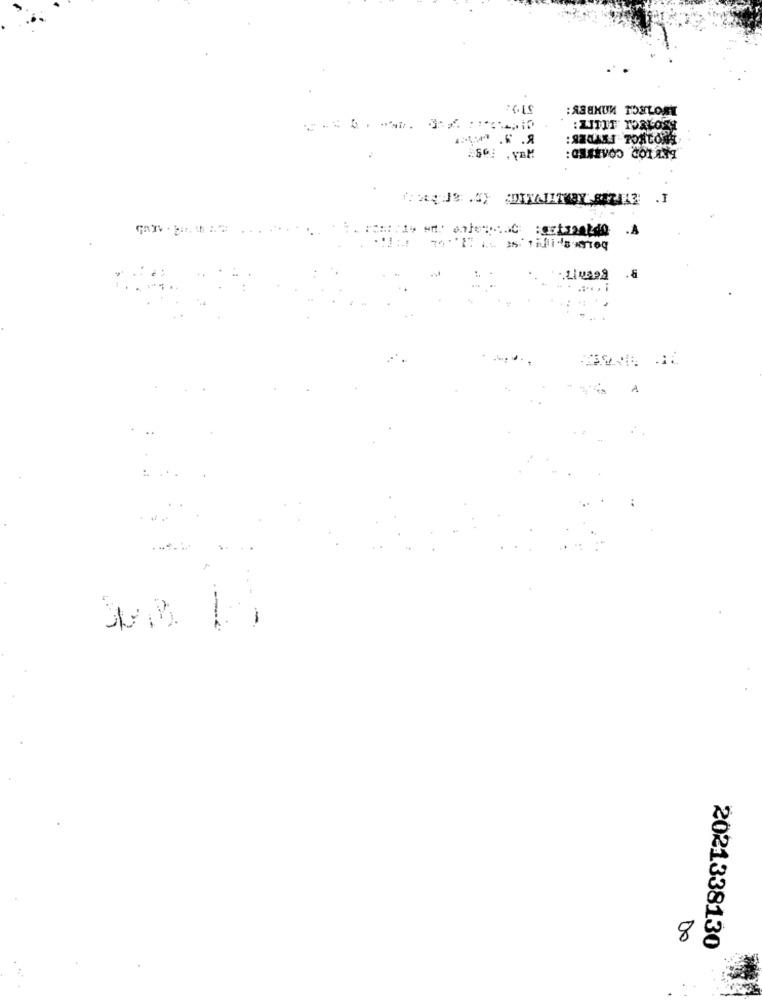
: ABBKUK TONLOSY
: CHERVOS COTAM
.8
-
8:
2021338130